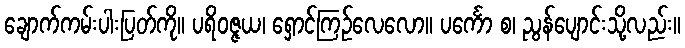
ချောက်ကမ်းပါးပြတ်ကို။ ပရိဝဇ္ဇယ၊ ရှောင်ကြဉ်လေလော။ ပင်္ကော စ၊ ညွန်ပျောင်းသို့လည်း။